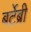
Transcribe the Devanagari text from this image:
बर्टेब्री